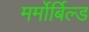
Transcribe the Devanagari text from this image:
मर्मोर्बिल्ड